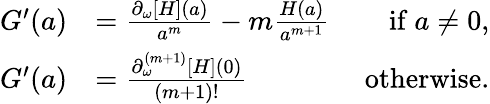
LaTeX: \begin{array}{r}{\begin{array}{rlr}{G^{\prime}(a)}&{=\frac{\partial_{\omega}[H](a)}{a^{m}}-m\frac{H(a)}{a^{m+1}}~}&{\mathrm{if~}a\neq 0,}\\ {G^{\prime}(a)}&{=\frac{\partial_{\omega}^{(m+1)}[H](0)}{(m+1)!}~}&{\mathrm{otherwise}.}\end{array}}\end{array}